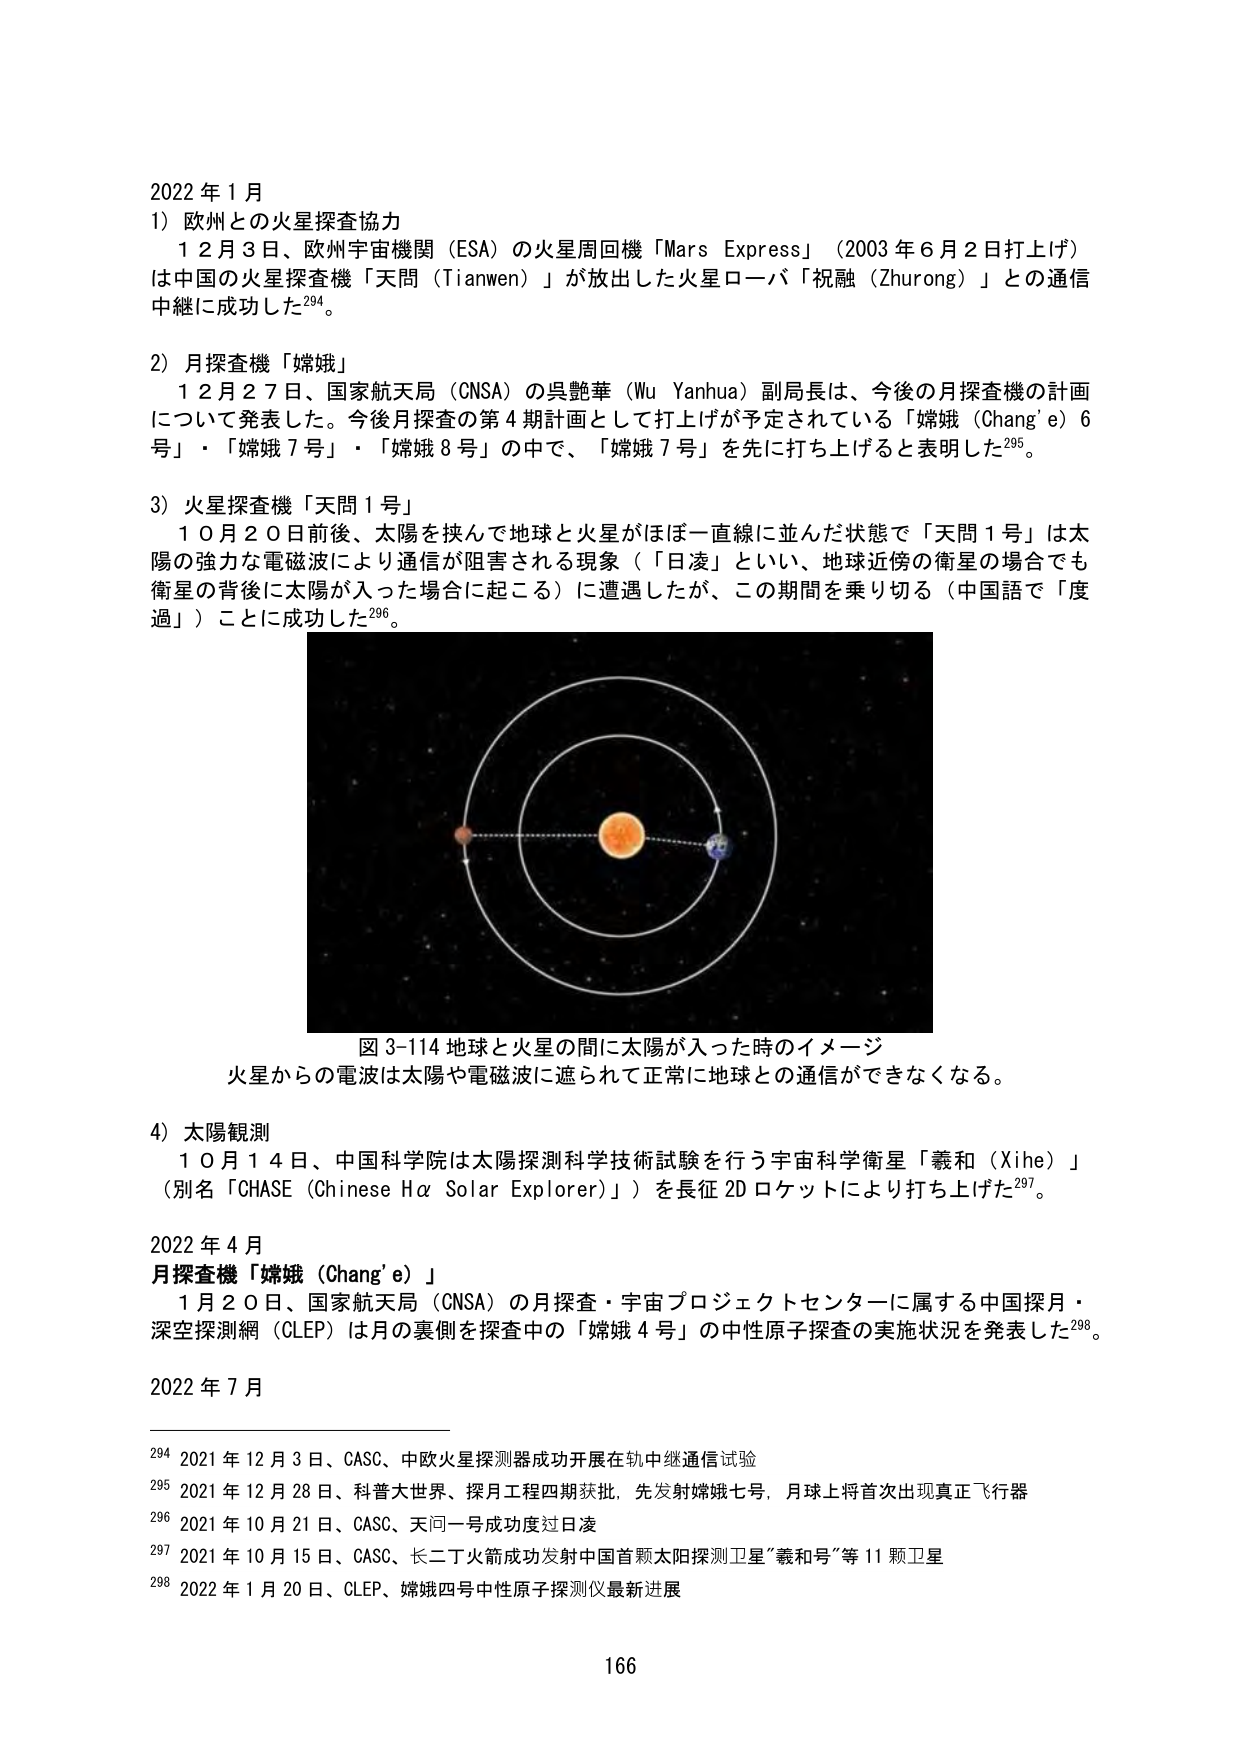
2022 年 1 月
1）欧州との火星探査協力
　12月3日、欧州宇宙機関（ESA）の火星周回機「Mars Express」（2003年6月2日打上げ）
は中国の火星探査機「天問（Tianwen）」が放出した火星ローバ「祝融（Zhurong）」との通信
中継に成功した²⁹⁴。

2）月探査機「嫦娥」
　12月27日、国家航天局（CNSA）の呉艶華（Wu Yanhua）副局長は、今後の月探査機の計画
について発表した。今後月探査の第4期計画として打上げが予定されている「嫦娥（Chang’e）6
号」・「嫦娥7号」・「嫦娥8号」の中で、「嫦娥7号」を先に打ち上げると表明した²⁹⁵。

3）火星探査機「天問1号」
　10月20日前後、太陽を挟んで地球と火星がほぼ一直線に並んだ状態で「天問1号」は太
陽の強力な電磁波により通信が阻害される現象（「日凌」といい、地球近傍の衛星の場合でも
衛星の背後に太陽が入った場合に起こる）に遭遇したが、この期間を乗り切る（中国語で「度
過」）ことに成功した²⁹⁶。

図3-114 地球と火星の間に太陽が入った時のイメージ
火星からの電波は太陽や電磁波に遮られて正常に地球との通信ができなくなる。

4）太陽観測
　10月14日、中国科学院は太陽探測科学技術試験を行う宇宙科学衛星「羲和（Xihe）」
（別名「CHASE（Chinese Hα Solar Explorer）」）を長征2Dロケットにより打ち上げた²⁹⁷。

2022 年 4 月
月探査機「嫦娥（Chang’e）」
　1月20日、国家航天局（CNSA）の月探査・宇宙プロジェクトセンターに属する中国探月・
深空探測網（CLEP）は月の裏側を探査中の「嫦娥4号」の中性原子探査の実施状況を発表した²⁹⁸。

2022 年 7 月

²⁹⁴ 2021年12月3日、CASC、中欧火星探測器成功开展在轨中继通信试验
²⁹⁵ 2021年12月28日、科普大世界、探月工程四期获批，先发射嫦娥七号，月球上将首次出现真正飞行器
²⁹⁶ 2021年10月21日、CASC、天问一号成功度过日凌
²⁹⁷ 2021年10月15日、CASC、长二丁火箭成功发射中国首颗太阳探测卫星“羲和号”等11颗卫星
²⁹⁸ 2022年1月20日、CLEP、嫦娥四号中性原子探测仪最新进展

166